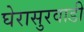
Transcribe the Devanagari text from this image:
घेरासुरवाडी